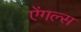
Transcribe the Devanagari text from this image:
ऐंगल्स